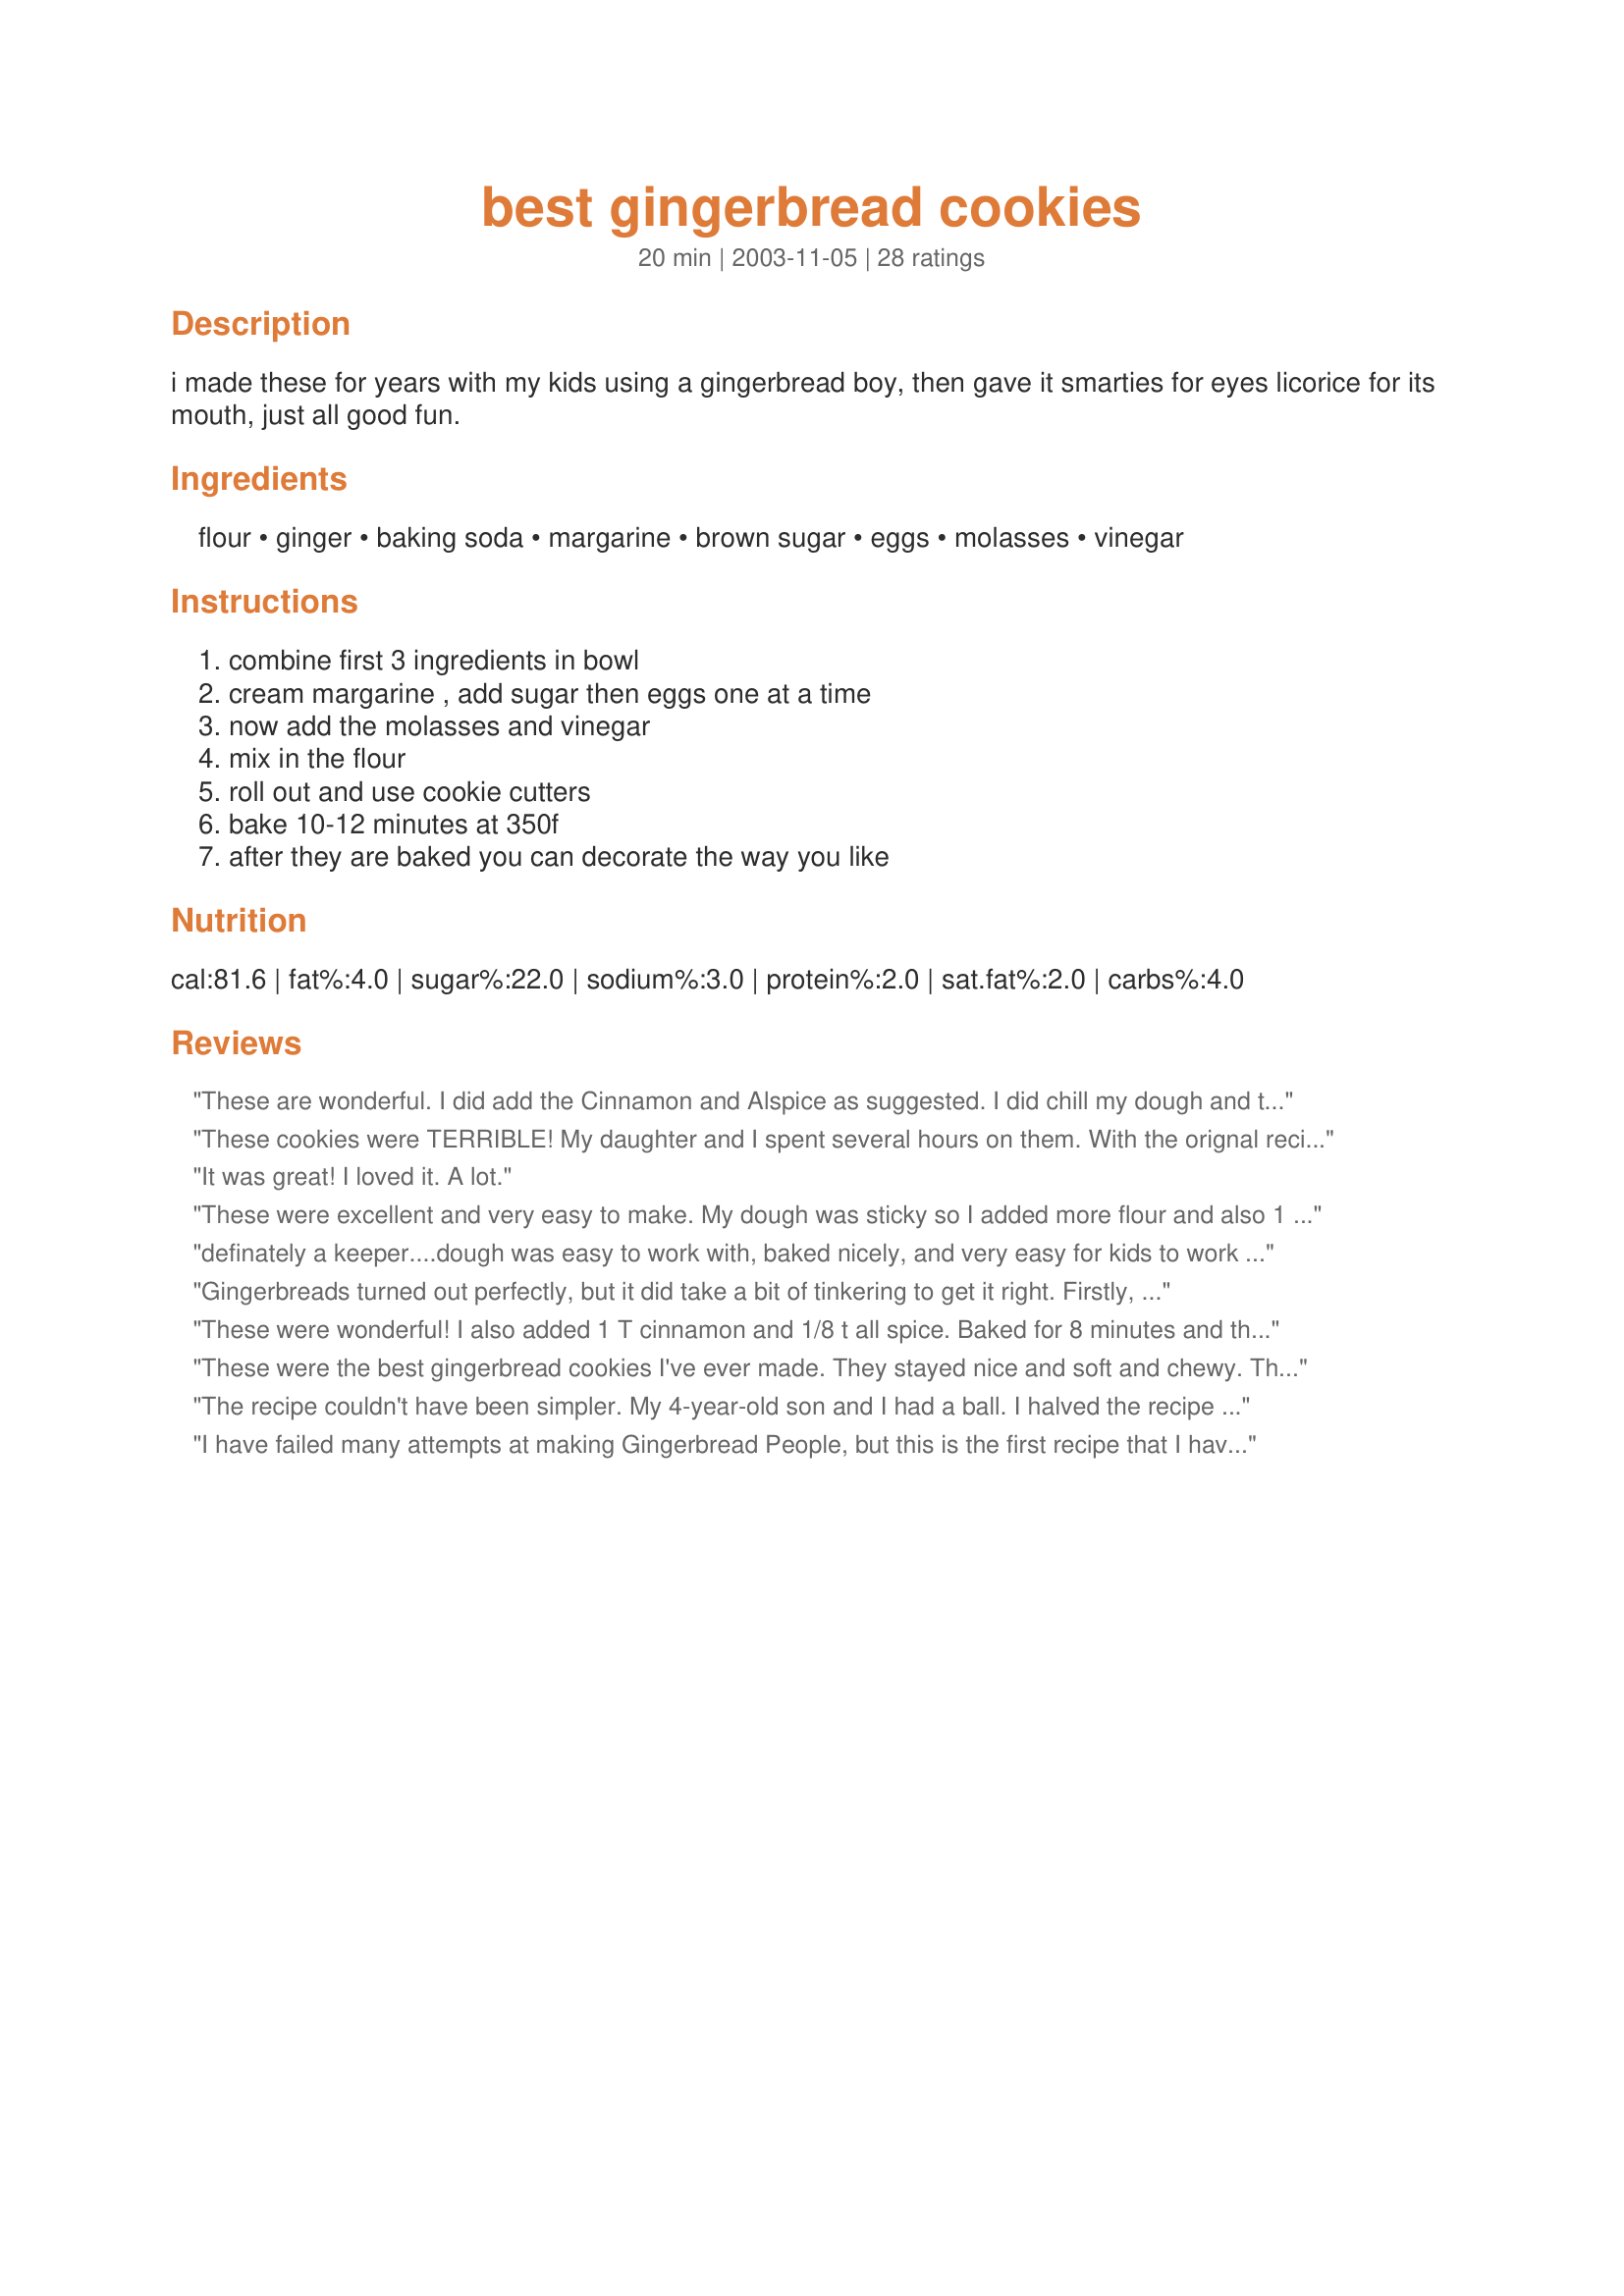
best gingerbread cookies
Preparation time: 20 minutes

i made these for years with my kids using a gingerbread boy, then gave it smarties for eyes licorice for its mouth, just all good fun.

Ingredients:
flour, ginger, baking soda, margarine, brown sugar, eggs, molasses, vinegar

Steps:
combine first 3 ingredients in bowl, cream margarine , add sugar then eggs one at a time, now add the molasses and vinegar, mix in the flour, roll out and use cookie cutters, bake 10-12 minutes at 350f, after they are baked you can decorate the way you like

Reviews:
These are wonderful. I did add the Cinnamon and Alspice as suggested.
I did chill my dough and they turned out perfect. I wasn't sure the grandkids would like them, but they loved them... I have a second batch in the frig chilling now.
thanks for a great recipe
These cookies were TERRIBLE! My daughter and I spent several hours on them. With the orignal recipe, we tried the dough, and the molasses flavor was WAY too strong. So, we added more of everything. It was still too strong. We then added cinnimon, nutmeg and more ginger. We thought maybe, the flavor would cook out when we baked them. But guess what, it didn't. 
I will NEVER EVER makes these AGAIN!
It was great! I loved it. A lot.
These were excellent and very easy to make. My dough was sticky so I added more flour and also 1 tablespoon of cinnamon. Yummy and so pretty. I baked them for 8 and 1/2 mins at 350 and they were perfect.
definately a keeper....dough was easy to work with, baked nicely, and very easy for kids to work with...no chill time outstanding!! will always be a part of our christmas preparations for many years to come.
Gingerbreads turned out perfectly, but it did take a bit of tinkering to get it right.

Firstly, 5 cups of flour wasn't quite enough to turn the mix into dough. I probably ended up mixing in 6 to 6.5 cups.

I reduced the baking soda to 2/3 of a tbsp, and I was glad I did cos they expanded quite a bit!

Finally, the mixture was really quite bland (probably because I had to add the extra flour) and I'm used to gingerbread a bit spicier, so I added more ginger, as well as cinnamon and ground cloves.

Make these adjustments, and it's a superb recipe!
These were wonderful! I also added 1 T cinnamon and 1/8 t all spice. Baked for 8 minutes and they were nice and soft. Dh said, "I don't like gingerbread cookies, but these are really good!" Thanks for posting! :)
These were the best gingerbread cookies I've ever made. They stayed nice and soft and chewy. This recipe makes A LOT of cookies! I used raisins for the eyes and buttons. Both my parents raved over these cookies. Thanks for sharing a fantastic recipe!
The recipe couldn't have been simpler. My 4-year-old son and I had a ball. I halved the recipe and using 2-1/2 cups of flour made it too sticky, so I had to add another 1/2 cup or so. I also like my cookies a bit softer (they ended up crunchy but still good), so next time I'll cook them for 8 minutes at 350 instead of 10.
I have failed many attempts at making Gingerbread People, but this is the first recipe that I have successfully made and enjoyed! The result was a hit with my husband and son, and unfortunately no one else got a taste because they had polished them off! The last few batches came out more like "cakes" since I was running out of time; so thickness was abit well... thick... Trust me, the thinner they are, the better! Although, the Gingerbread "Cake" People weren't that bad either!
Dedicate to my lover.
When it find a precious thing, it bring to the our heart : these cookies talk about you, simple and refined. Like these littles men, beautifuls with a fine stream of water that make theyself smooths, so you, appear in all your beauty with me.
These were very yummy! When I was looking at this recipe, I couldn't believe that the dough didn't need to be chilled. I'm going to try this for a gingerbread house since they this recipe makes great gingerbread men. Thank you for this quicker recipe! :o)
Love Love Love! How sad is this I'm terrible at remembering to rate things but I've been making these cookies for three years now at Christmas time and every year it's the most requested return cookie. I'm a cheater and make the mini sized men and dip half of their body in white almond bark. Oh and I've been putting them in cookie gift baskets every year too and they're a huge hit. Even my two year old barely lets them hit the table before he gobbles them up.
I use a very similar recipe but with nutmeg cinnamon and cloves added. In
my recipe I add the soda to the vinegar and add it when I add the molasses. During WW2, we had a hard time getting butter or other shortening, so tried bacon fat. I have never used anything else since. I use only 3/4 cup or the cookies are too crisp.
These really turned out nice. I used my large wooden cutting board and a generous amount of flour dusting to get the dough into shape for rolling. The finished product came out nice and as you can see from the photo. I did add a teaspoon of cinnamon as a preference...and they had a nice taste and texture. Not to hard and not to soft ~ made great gingerbread people! My daughter and I had a fun afternoon. Thanks! Pam
We love his recipe!! We love that you don't chill it! We love that it is easy for the kids to work with! We love the flavour!! 
Thank you soooooo much!!
Delicious cookies. Gingerbread cookies are supposed to have a taste of molasses in them, and I thought this tatsted like an authentic recipe. My 4 yr old daughter cannot stop eating them. We used all organic ingredients and black strap molasses. I did sub king arthur white whole wheat flour and they still turned out great; although due to the change i made in the flour aspect of the recipe, as you were chewing the cookies there was a very very slight indication that they had whole wheat flour; but not enough to not want to finish it! Thanks for sharing; great recipe with a nice short list of ingredients on hand and an excellent result.
I loved how easy these were and I probably never would have made them if I had to wait for the fridge time. Like Liz, I added the allspice and cinnamon but changed the baking temperature to 350 for 8-10 min. and had perfect results. I will defineately make these again and again. Thanks!
I love gingerbread cookies and I have been on a search for the perfect gingerbread cookie dough and I think I just may have found it!! This dough was easy to work with and the cookies were perfect. I made these with my kids cooking group, then I made 12 dozen for 1 bake exchange decorated with Recipe#64015 and 6 dozen for another excahnge that I dipped in white chocolate. I will be making this recipe again! Thanks for posting :) :) :)
the cookies are very good
I've been trying (and ruining) gingerbead boys for many years. So far, this has been my best batch! I like a flavorful cookie, so I added about a tablespoon or cinnamon and 1/2 tablespoon of cloves. Had no luck with the batter before I refrigerated it. Then it was fine. This year, my mother in law actually asked to take some home - so I'm pretty happy with this recipe!
A nice easy recipe and dough was nice to work with. I decreased the ingredients by half, added 1 tsp. cinnamon and 1/2 tsp. cloves because I like gingerbread a little more spicy! I used half of the dough to make a huge gingerbread man for a gift for a friend's son, decorated him (the GB man!!) with frosting, he was adorable and loved by everyone!
Let me say what a pleasure making this recipe was! I did add 1 tbsp of cinnamon and 1/2 tbsp of cloves to the mix, and did not find it too sticky, but i use a flour shaker to add flour/flour my counter anyway so it worked out and did not take away from the flavour. I LOVED this does not need to be chilled. I am so impatient, and often have not enough fridge space with a family of 5 to accomodate dough chillage. Thanks for posting this!
This was a good recipe. I used half butter and then 1/3 c coconut oil instead of the margarine (coconut oil is flavorless). It turned out great and they have good gigerbread flavor.
I followed the recipe just like it said & apparently, by all the other positive reviews, i did something wrong! I felt the dough was IMPOSSIBLE to work with. Not only was it a mess to work with, but I thought the flavor was not all that great either...maybe these are great & I just cant bake ???
I'm giving this recipe four stars b/c the dough was not workable with just 5 cups of flour. I had to chill it for a few hours and use a good deal of flour to roll it out. The cookies are delicious and a few are being used on our Christmas tree as ornaments. They look lovely. Thanks for the recipe.
These were realy good. The only thing I did different was added 1 Tbs. cinnamon and 1/8 tsp all spice. I noticed there wasn't a baking temperature or time. I baked them at 400 for about 8 min. Some of them came out a little hard. I like them best thick and soft. My husband loved them and my kids realy liked them too. They had fun decorating them.
Thanks for the recipe! Liz
These are terrible cookies! The dough is impossible to work with without adding more flour AND yes, chilling. The ginger spice alone is not enough. And there is WAY too much baking soda! My Pumpkins ballooned into puffy balls. What a disappointment! I cannot understand all the rave reviews. This is my first try at this web site and I am wondering if the reviews can be trusted. Maybe I will go back to Allrecipes!
